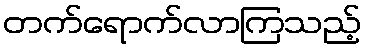
တက်ရောက်လာကြသည့်